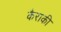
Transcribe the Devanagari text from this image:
कैराकी